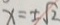
x = \pm \sqrt { 2 }